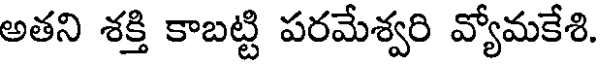
అతని శక్తి కాబట్టి పరమేశ్వరి వ్యోమకేశి.